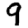
Digit: 9